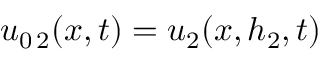
u _ { 0 \, 2 } ( x , t ) = u _ { 2 } ( x , h _ { 2 } , t )